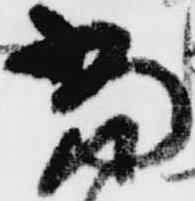
当